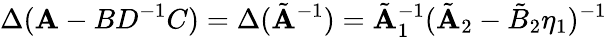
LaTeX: \Delta(\mathbf{A}-BD^{-1}C)=\Delta(\tilde{{\mathbf{A}}}^{-1})=\tilde{{\mathbf{A}}}_{1}^{-1}(\tilde{{\mathbf{A}}}_{2}-\tilde{{B}}_{2}\eta_{1})^{-1}